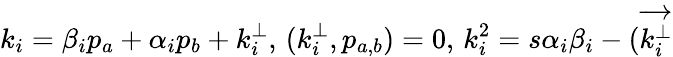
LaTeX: k_{i}=\beta_{i}p_{a}+\alpha_{i}p_{b}+k_{i}^{\perp},\, (k_{i}^{\perp},p_{a,b})=0,\, k_{i}^{2}=s\alpha_{i}\beta_{i}-(\overrightarrow{k_{i}^{\perp}}